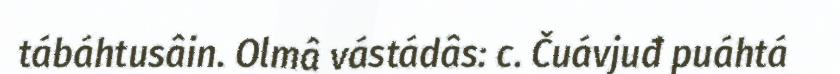
tábáhtusâin. Olmâ vástádâs: c. Čuávjuđ puáhtá